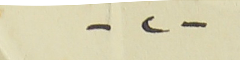
-٢-